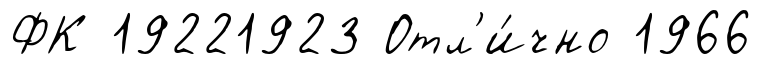
ФК 19221923 Отл'и́чно 1966